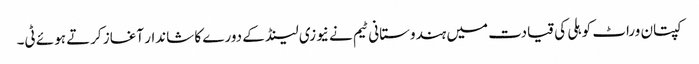
کپتان وراٹ کوہلی کی قیادت میں ہندوستانی ٹیم نے نیوزی لینڈ کے دورے کا شاندار آغاز کرتے ہوئے ٹی۔